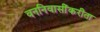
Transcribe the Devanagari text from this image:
वननिवासींकरीता